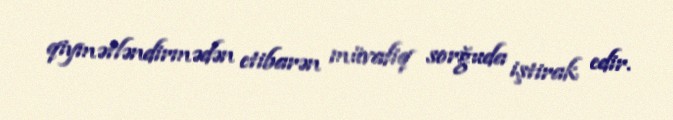
qiymətləndirmədən etibarən müvafiq sorğuda iştirak edir.